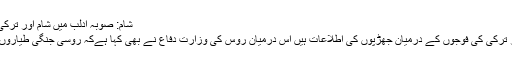
شام: صوبہ ادلب میں شام اور ترکی کی فوجوں کے درمیان جھڑپیں - شیعت نیوز نیٹ ورک
شیعت نیوز: شام کے صوبہ ادلب کے مغرب میں شام اور ترکی کی فوجوں کے درمیان جھڑپوں کی اطلاعات ہیں اس درمیان روس کی وزارت دفاع نے بھی کہا ہےکہ روسی جنگی طیاروں نے شام میں دہشت گردوں کے ٹھکانوں پر حملہ کیا ہے۔